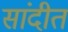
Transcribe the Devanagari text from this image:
सांदीत